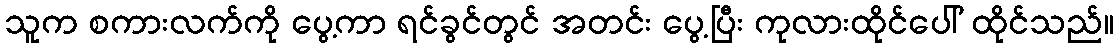
သူက စကားလက်ကို ပွေ့ကာ ရင်ခွင်တွင် အတင်း ပွေ့ပြီး ကုလားထိုင်ပေါ် ထိုင်သည်။